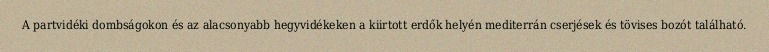
A partvidéki dombságokon és az alacsonyabb hegyvidékeken a kiirtott erdők helyén mediterrán cserjések és tövises bozót található.